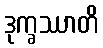
ဒုက္ခဿာတိ